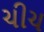
ચીચ